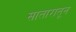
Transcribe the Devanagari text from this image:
सातारातून